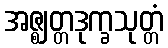
အဇ္ဈတ္တဒုက္ခသုတ္တံ